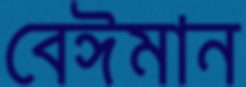
বেঈমান